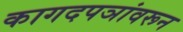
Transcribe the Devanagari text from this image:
कागदपञांवरून